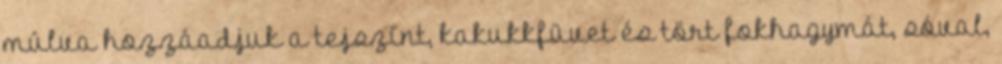
múlva hozzáadjuk a tejszínt, kakukkfüvet és tört fokhagymát, sóval,